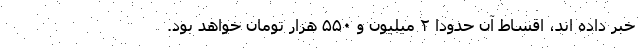
خبر داده اند، اقساط آن حدوداً ۲ میلیون و ۵۵۰ هزار تومان خواهد بود.